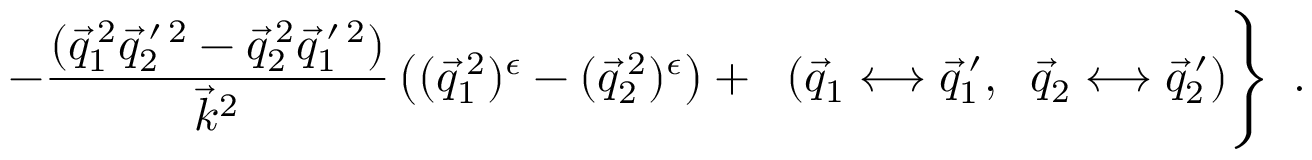
\left. \ - \frac { ( \vec { q } _ { 1 } ^ { \: 2 } \vec { q } _ { 2 } ^ { \: \prime \: 2 } - \vec { q } _ { 2 } ^ { \: 2 } \vec { q } _ { 1 } ^ { \: \prime \: 2 } ) } { { \vec { k } } _ { { } } ^ { 2 } } \left( ( \vec { q } _ { 1 } ^ { \: 2 } ) ^ { \epsilon } - ( \vec { q } _ { 2 } ^ { \: 2 } ) ^ { \epsilon } \right) + \; \; ( \vec { q } _ { 1 } \longleftrightarrow \vec { q } _ { 1 } ^ { \: \prime } , \; \; \vec { q } _ { 2 } \longleftrightarrow \vec { q } _ { 2 } ^ { \: \prime } ) \right\} ~ .